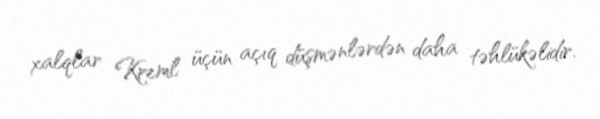
xalqlar Kreml üçün açıq düşmənlərdən daha təhlükəlidir.